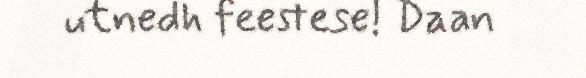
utnedh feestese! Daan